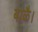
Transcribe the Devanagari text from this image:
बाळै।